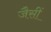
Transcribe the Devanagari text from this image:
जैसीं